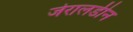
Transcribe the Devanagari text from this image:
जेरालडीन